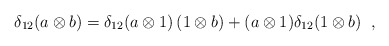
\begin{align*}\delta_{12}(a\otimes b) = \delta_{12}(a\otimes 1)\, (1\otimes b) +(a\otimes 1)\delta_{12}(1\otimes b)\;\; ,\end{align*}